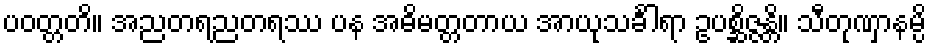
ပဝတ္တတိ။ အညတရညတရဿ ပန အဓိမတ္တတာယ အာယုသင်္ခါရာ ဥပစ္ဆိဇ္ဇန္တိ။ သီတုဏှာနမ္ပိ